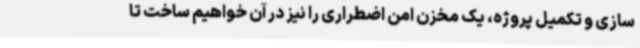
سازی و تکمیل پروژه، یک مخزن امن اضطراری را نیز در آن خواهیم ساخت تا